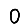
Digit: 0